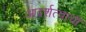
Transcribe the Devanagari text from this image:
आदर्शत्वाची